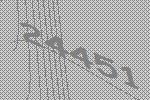
24451